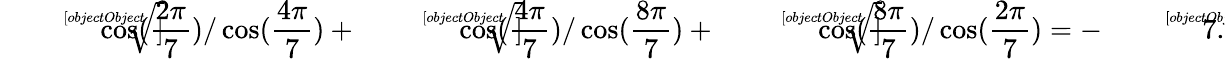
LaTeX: {\sqrt[[objectObject]]{\cos({\frac{2\pi}{7}})/\cos({\frac{4\pi}{7}})}}+{\sqrt[[objectObject]]{\cos({\frac{4\pi}{7}})/\cos({\frac{8\pi}{7}})}}+{\sqrt[[objectObject]]{\cos({\frac{8\pi}{7}})/\cos({\frac{2\pi}{7}})}}=-{\sqrt[[objectObject]]{7}}.